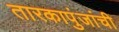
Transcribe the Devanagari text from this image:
तारकापुंजांची